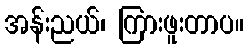
အန်းညယ်၊ ကြားဖူးတာပ။